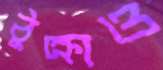
ঠুক্‌রাও